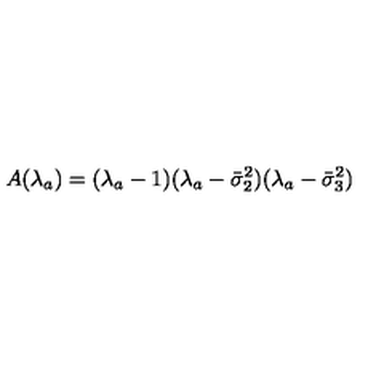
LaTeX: A ( \lambda _ { a } ) = ( \lambda _ { a } - 1 ) ( \lambda _ { a } - \bar { \sigma } _ { 2 } ^ { 2 } ) ( \lambda _ { a } - \bar { \sigma } _ { 3 } ^ { 2 } )